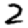
Digit: 2